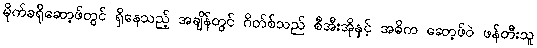
မိုက်ခရိုဆော့ဖ်တွင် ရှိနေသည့် အချိန်တွင် ဂိတ်စ်သည် စီအီးအိုနှင့် အဓိက ဆော့ဖ်ဝဲ ဖန်တီးသူ